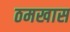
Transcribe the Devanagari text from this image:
ठमखास